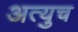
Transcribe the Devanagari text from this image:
अत्युच